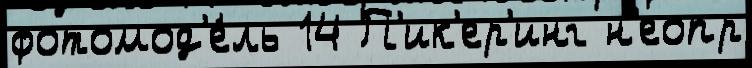
фотомод'е́ль 14 П'ик'ер'инг н'еопр